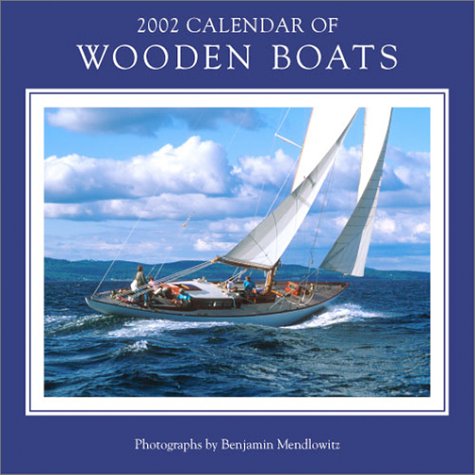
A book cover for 2002 Calendar of Wooden Boats; Benjamin Mendlowitz; Calendars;